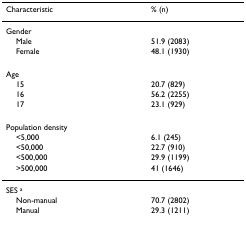
<table><thead><tr><td><b>Characteristic</b></td><td><b>% (n)</b></td></tr></thead><tbody><tr><td>Gender</td><td></td></tr><tr><td> Male</td><td>51.9 (2083)</td></tr><tr><td> Female</td><td>48.1 (1930)</td></tr><tr><td>Age</td><td></td></tr><tr><td> 15</td><td>20.7 (829)</td></tr><tr><td> 16</td><td>56.2 (2255)</td></tr><tr><td> 17</td><td>23.1 (929)</td></tr><tr><td>Population density</td><td></td></tr><tr><td> &lt;5,000</td><td>6.1 (245)</td></tr><tr><td> &lt;50,000</td><td>22.7 (910)</td></tr><tr><td> &lt;500,000</td><td>29.9 (1199)</td></tr><tr><td> &gt;500,000</td><td>41 (1646)</td></tr><tr><td>SES <sup>a</sup></td><td></td></tr><tr><td> Non-manual</td><td>70.7 (2802)</td></tr><tr><td> Manual</td><td>29.3 (1211)</td></tr></tbody></table>